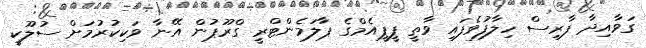
ގަވާއިދާ ފާރިސް ހިލާފުވެފައި ވާތީ ޕީޕީއެމްގެެ ޕާލަމެންޓްރީ ގްރޫޕުން އޭނާ ވަކިކުރުމަށް ސުލޫކީ